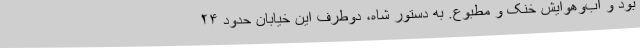
بود و آب‌وهوایش خنک و مطبوع. به دستور شاه، دوطرف این خیابان حدود ۲۴